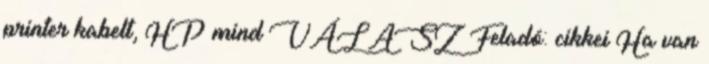
printer kabelt, HP mind VÁLASZ Feladó: cikkei Ha van